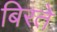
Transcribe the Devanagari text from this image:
बिरते